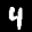
Label: 4